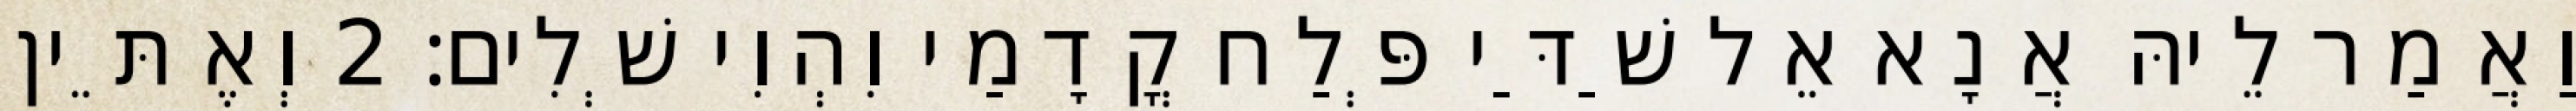
וַאֲמַר לֵיהּ אֲנָא אֵל שַׁדַּי פְּלַח קֳדָמַי וִהְוִי שְׁלִים׃ 2 וְאֶתֵּין